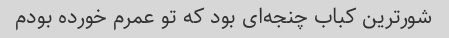
شورترین کباب چنجه‌ای بود که تو‌ عمرم خورده بودم